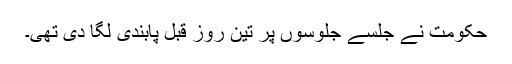
حکومت نے جلسے جلوسوں پر تین روز قبل پابندی لگا دی تھی۔